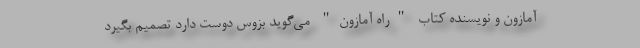
آمازون و نویسنده کتاب "راه آمازون" می‌گوید بزوس دوست دارد تصمیم بگیرد